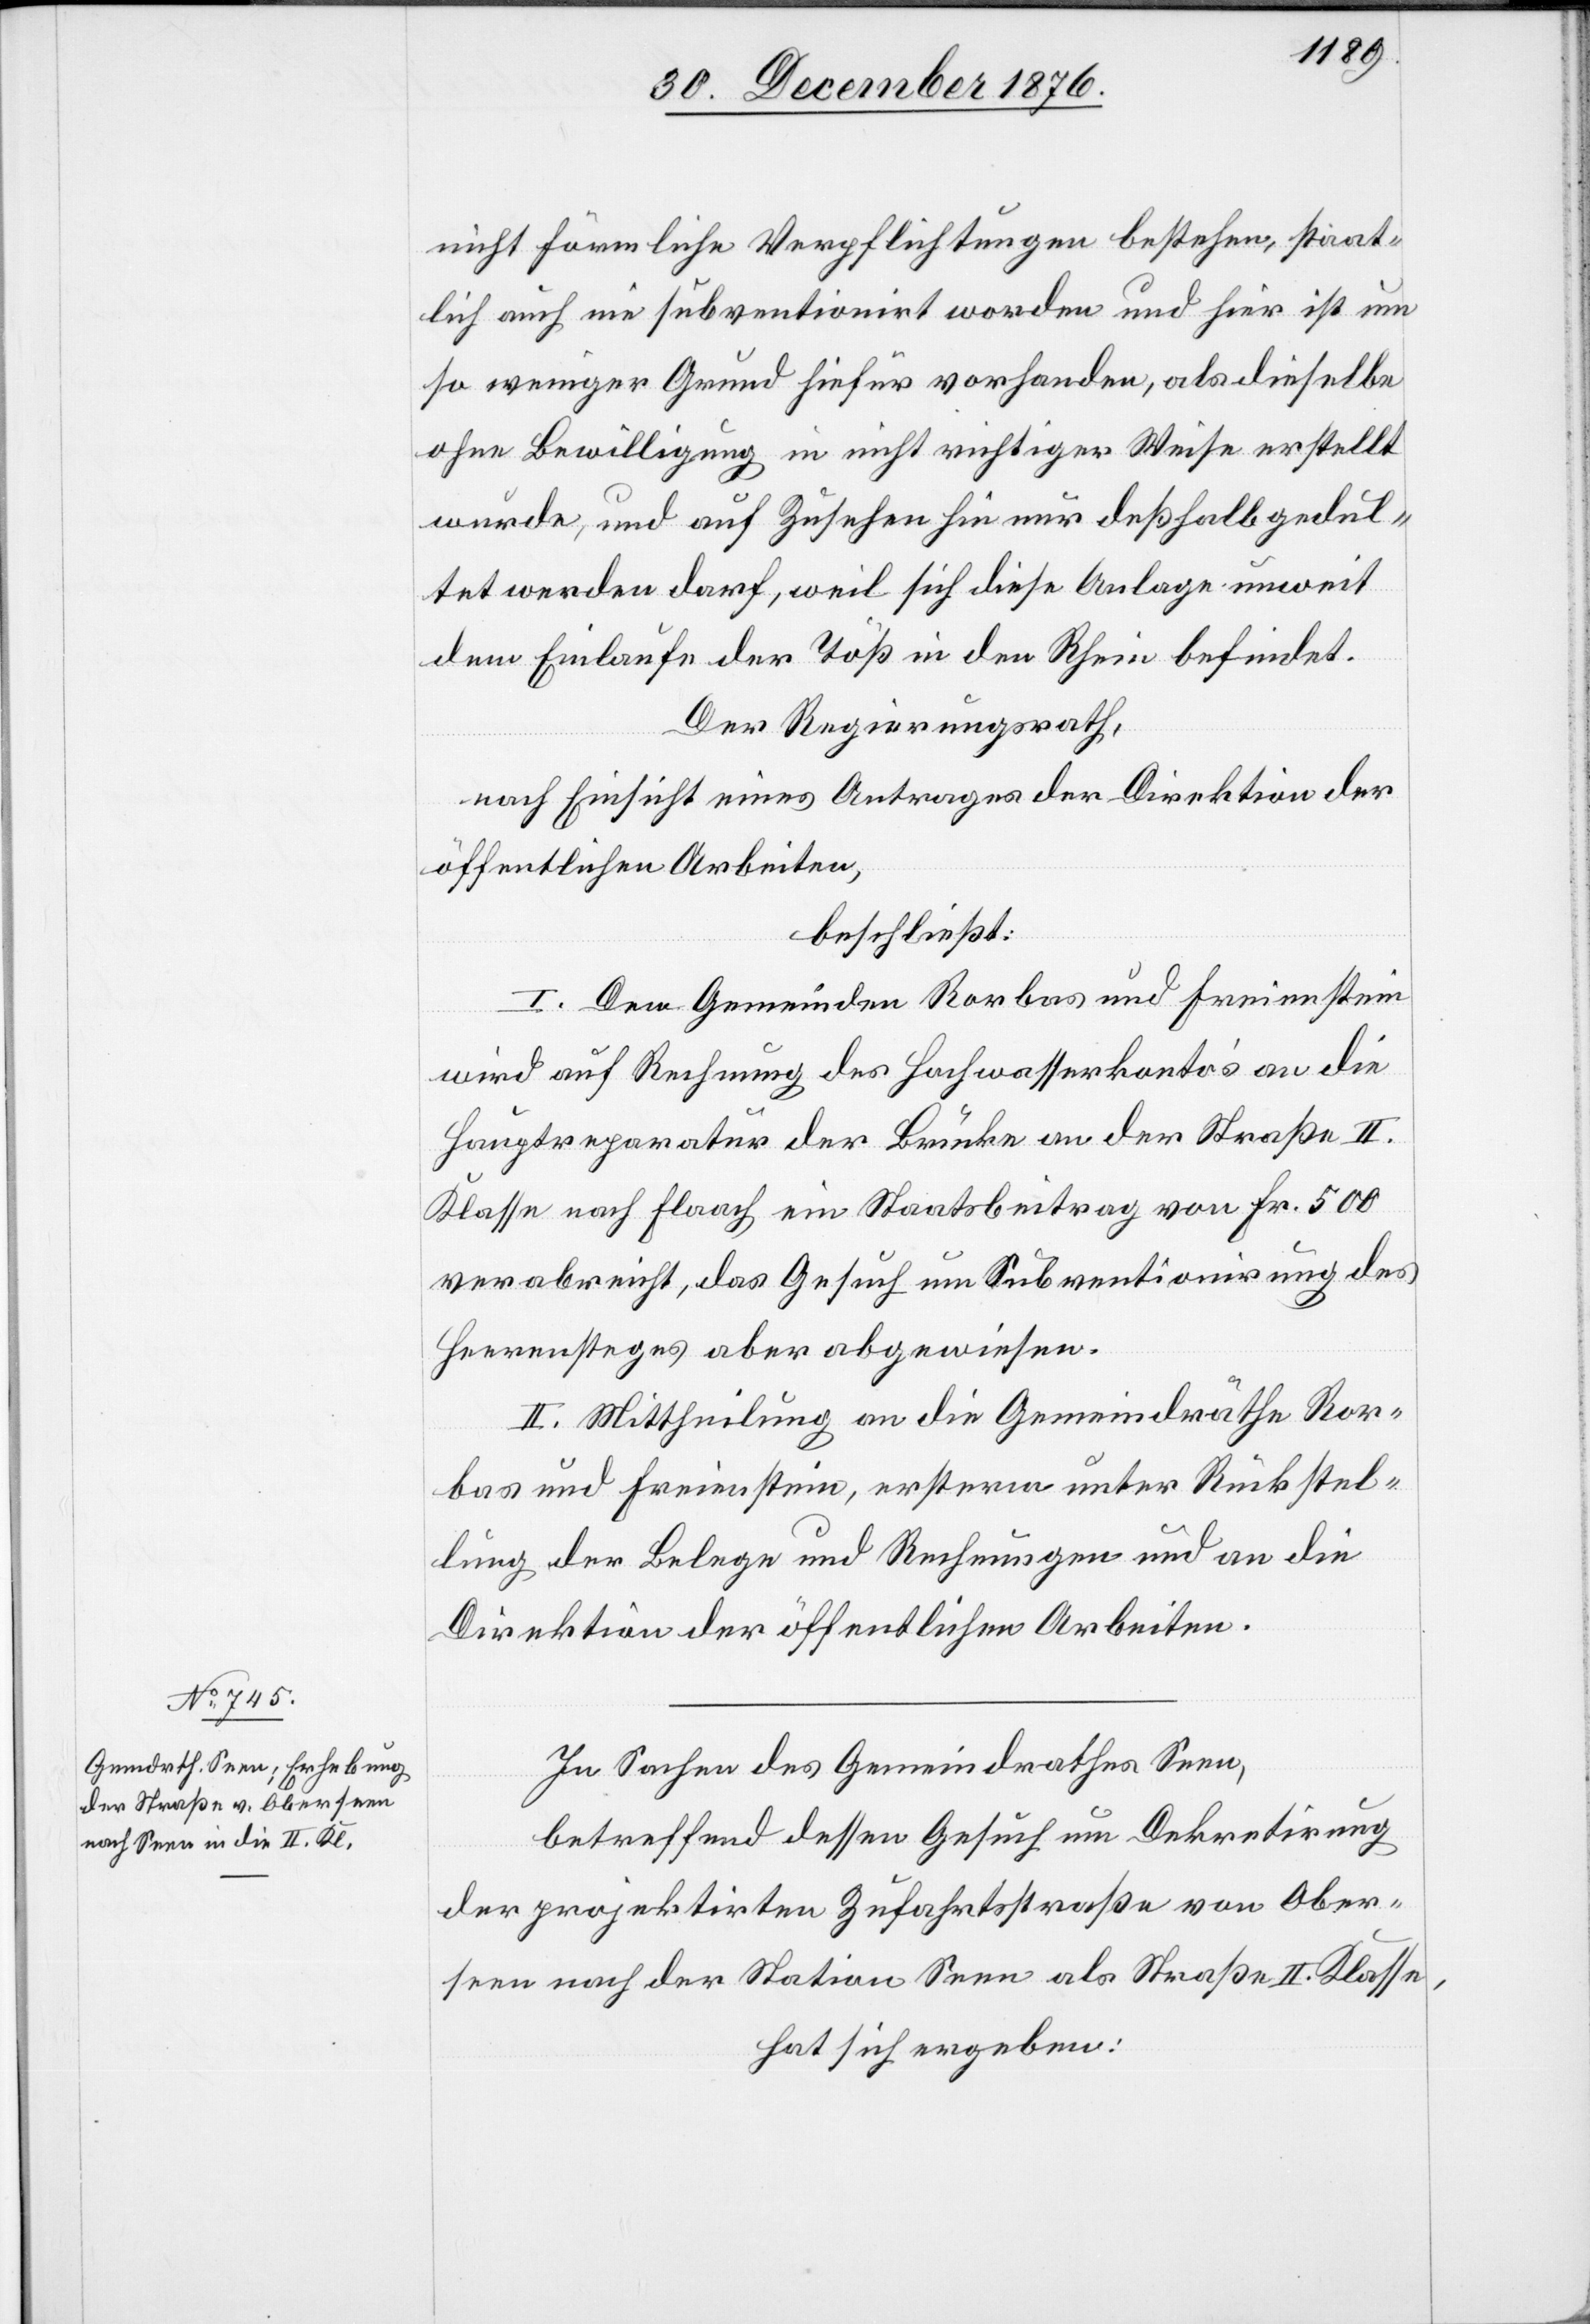
nicht förmliche Verpflichtungen bestehen, staat¬
lich auch nie subventionirt worden und hier ist um
so weniger Grund hierfür vorhanden, als dieselbe
ohne Bewilligung in nicht richtiger Weise erstellt
wurde, und auf Zusehen hin nur deßhalb gedul¬
det werden darf, weil sich diese Anlage unweit
dem Einlaufe der Töß in den Rhein befindet.
Der Regierungsrath,
nach Einsicht eines Antrages der Direktion der
öffentlichen Arbeiten,
beschließt:
I. Den Gemeinden Rorbas und Freienstein
wird auf Rechnung des Hochwasserkonto’s an die
Hauptreparatur der Brücke an der Straße II.
Klasse nach Flaach ein Staatsbeitrag von Frk. 500
verabreichst, das Gesuch um Subventionirung des
Heerensteges aber abgewiesen.
II. Mittheilung an die Gemeindräthe Ror¬
bas und Freienstein, ersterm unter Rückstel¬
lung der Belege und Rechnungen und an die
Direktion der öffentlichen Arbeiten.
In Sachen des Gemeindrathes Seen,
betreffend dessen Gesuch um Dekretirung
der projektirten Zufahrtsstraße von Ober¬
seen nach der Station Seen als Straße II. Klasse,
hat sich ergeben: